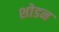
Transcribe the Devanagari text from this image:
शोडन